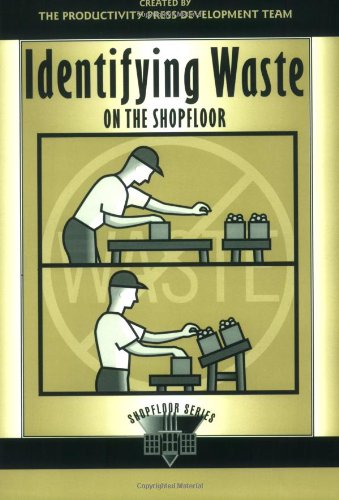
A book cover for Identifying Waste on the Shopfloor (The Shopfloor Series); Productivity Development Team; Business & Money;